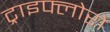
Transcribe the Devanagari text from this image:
ट्राइफ्लोरो